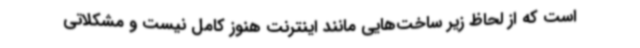
است که از لحاظ زیر ساخت‌هایی مانند اینترنت هنوز کامل نیست و مشکلاتی